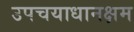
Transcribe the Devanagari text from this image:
उपचयाधानक्षम